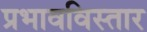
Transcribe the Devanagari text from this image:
प्रभावविस्तार